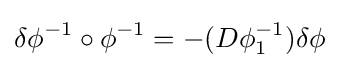
\delta \phi ^{-1}\circ \phi ^{-1}=-(D\phi _{1}^{-1})\delta \phi